Mental hospitals Bombay report 1921-28 - 1921-1928
Year: 1921
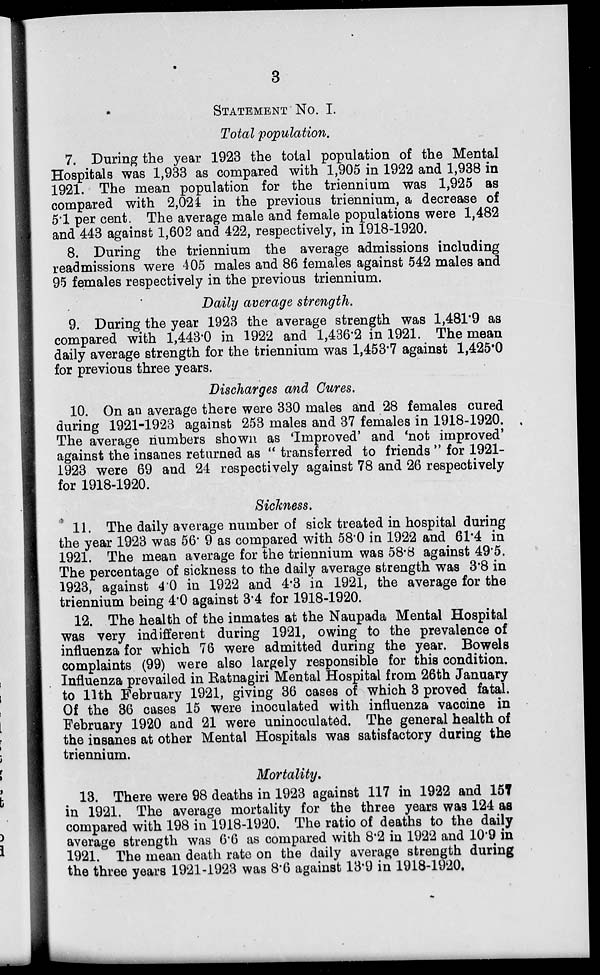
3
STATEMENT No. I.
Total population.
7. During the year 1923 the total population of the Mental
Hospitals was 1,933 as compared with 1,905 in 1922 and 1,938 in
1921. The mean population for the triennium was 1,925 as
compared with 2,024 in the previous triennium, a decrease of
5.1 per cent. The average male and female populations were 1,482
and 443 against 1,602 and 422, respectively, in 1918-1920.
8. During the triennium the average admissions including
readmissions were 405 males and 86 females against 542 males and
95 females respectively in the previous triennium.
Daily average strength.
9. During the year 1923 the average strength was 1,481.9 as
compared with 1,443.0 in 1922 and 1,436.2 in 1921. The mean
daily average strength for the triennium was 1,453.7 against 1,425.0
for previous three years.
Discharges and Cures.
10. On an average there were 330 males and 28 females cured
during 1921-1923 against 253 males and 37 females in 1918-1920.
The average numbers shown as 'Improved' and 'not improved'
against the insanes returned as " transferred to friends " for 1921-
1923 were 69 and 24 respectively against 78 and 26 respectively
for 1918-1920.
Sickness.
11. The daily average number of sick treated in hospital during
the year 1923 was 56. 9 as compared with 58.0 in 1922 and 61.4 in
1921. The mean average for the triennium was 58.8 against 49.5.
The percentage of sickness to the daily average strength was 3.8 in
1923, against 4.0 in 1922 and 4.3 in 1921, the average for the
triennium being 4.0 against 3.4 for 1918-1920.
12. The health of the inmates at the Naupada Mental Hospital
was very indifferent during 1921, owing to the prevalence of
influenza for which 76 were admitted during the year. Bowels
complaints (99) were also largely responsible for this condition.
Influenza prevailed in Ratnagiri Mental Hospital from 26th January
to 11th February 1921, giving 36 cases of which 3 proved fatal.
Of the 36 cases 15 were inoculated with influenza vaccine in
February 1920 and 21 were uninoculated. The general health of
the insanes at other Mental Hospitals was satisfactory during the
triennium.
Mortality.
13. There were 98 deaths in 1923 against 117 in 1922 and 157
in 1921. The average mortality for the three years was 124 as
compared with 198 in 1918-1920. The ratio of deaths to the daily
average strength was 6.6 as compared with 8.2 in 1922 and 10.9 in
1921. The mean death rate on the daily average strength during
the three years 1921-1923 was 8.6 against 13.9 in 1918-1920.